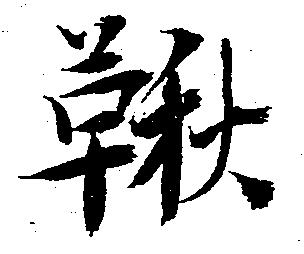
鞦